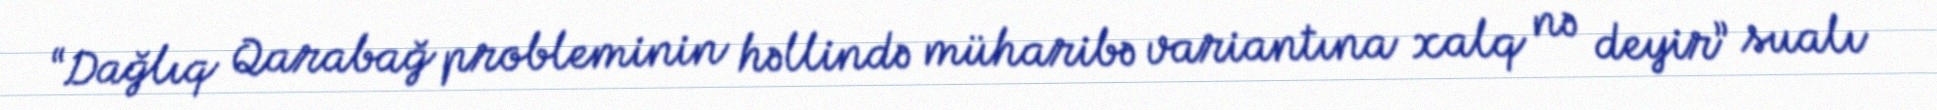
“Dağlıq Qarabağ probleminin həllində müharibə variantına xalq nə deyir” sualı